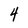
Character: 4